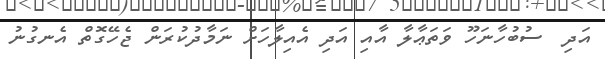
އަދި  ސުބުހާނަހޫ ވަތަޢާލާ އާއި އަދި އެއިލާހަށް ނަމާދުކުރަން ޖެހޭގޮތް އެނގުނު